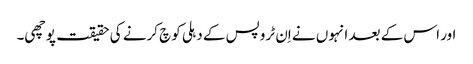
اور اس کے بعد انہوں نے اِن ٹروپس کے دہلی کوچ کرنے کی حقیقت پوچھی۔